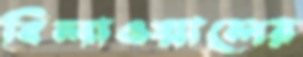
বিলাওয়ালের